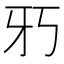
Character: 𱭢